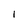
Character: I